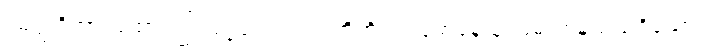
ဩတ္ထရိတွာ၊ ထောင်၍။ ဝဋ္ဋကေသု၊ ငုံးတို့ကို။ ဂယှမာနေသု၊ ဖမ်းကုန်သည်ရှိသော်။